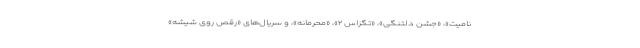
نامیت»، «جشن دلتنگی»، «تگزاس ۲»، «محرمانه»، و سریال‌های «رقص روی شیشه»